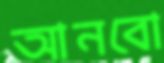
আনবো